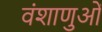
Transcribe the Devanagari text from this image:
वंशाणुओं